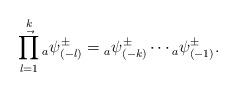
LaTeX: \begin{gather*}\mathop{\vec{\prod}}\limits_{l=1}^{k}{}_{a}\psi_{(-l)}^{\pm}={}_{a}\psi^{\pm}_{(-k)}\cdots{}_{a}\psi_{(-1)}^{\pm}.\end{gather*}